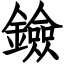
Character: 鐱